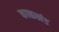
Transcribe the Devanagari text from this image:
काळखंड